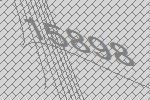
15898